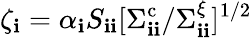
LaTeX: \zeta_{\mathbf{i}}=\alpha_{\mathbf{i}}S_{\mathbf{i}\mathbf{i}}[\Sigma_{\mathbf{i}\mathbf{i}}^{\mathrm{{c}}}/\Sigma_{\mathbf{i}\mathbf{i}}^{\xi}]^{1/2}